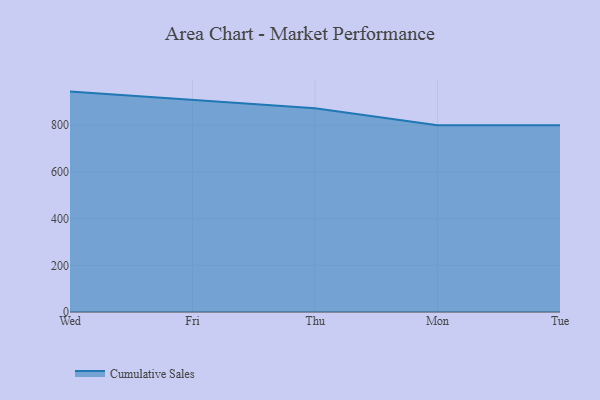
{"axis": {"x": "Day", "y": "Website Visitors"}, "legend": ["Cumulative Sales"], "data": [{"x": "Wed", "y": 944.2, "type": "Cumulative Sales"}, {"x": "Fri", "y": 908.5, "type": "Cumulative Sales"}, {"x": "Thu", "y": 873.3, "type": "Cumulative Sales"}, {"x": "Mon", "y": 800, "type": "Cumulative Sales"}, {"x": "Tue", "y": 800, "type": "Cumulative Sales"}]}